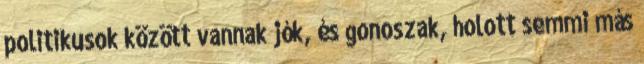
politikusok között vannak jók, és gonoszak, holott semmi más